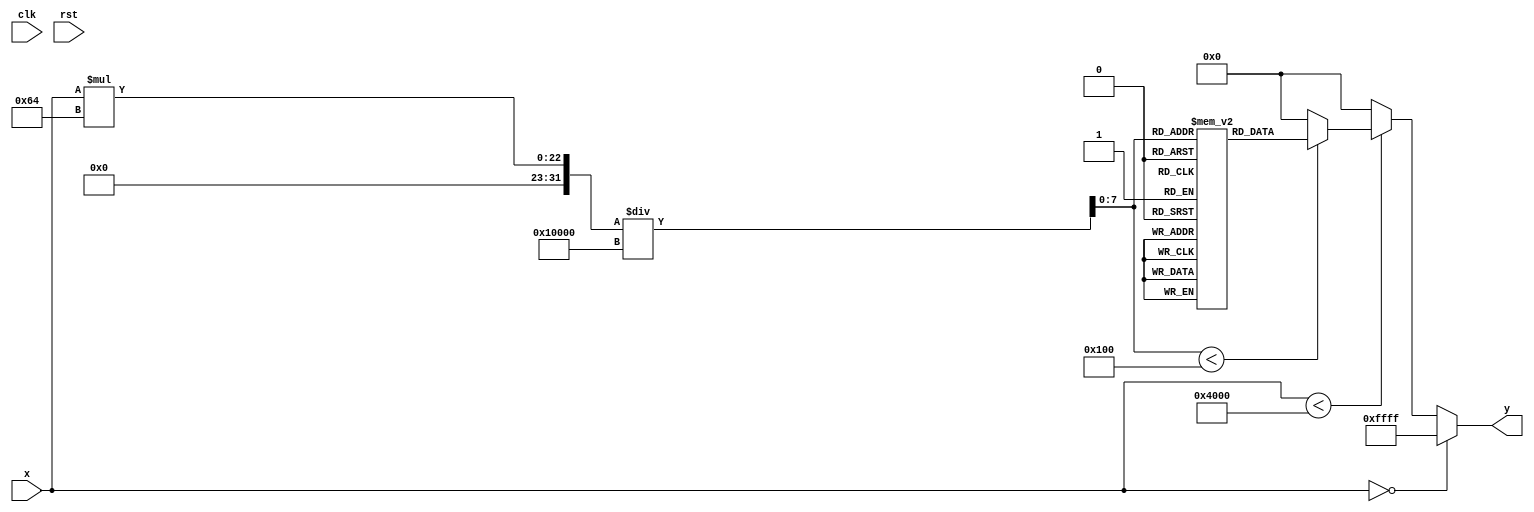
module reciprocal_lut (
    input  wire [15:0] x, // Input value, 16 bits fixed-point representation
    output reg  [15:0] y, // Output value for the reciprocal
    input  wire clk,      // Clock signal
    input  wire rst       // Reset signal
);

    // LUT declaration: size depends on precision, using 256 entries as an example
    reg [15:0] lut [0:255];
    reg [7:0] index;  // 8-bit index for accessing LUT (0 to 255)

    // Pre-compute reciprocal values for LUT: [1.00, 1.99], resolution of 0.01
    initial begin
        // Fill LUT with precomputed reciprocal values (example initialization)
        // Sequential decimal entry such as 1.00 to 1.99 corresponds to indexes 0 to 255
        lut[0] = 16'h4000;   // 1.00
        lut[1] = 16'h3F9A;   // 1.01
        lut[2] = 16'h3F4C;   // 1.02
        // ... Fill in the entire LUT as necessary
        lut[254] = 16'h028F; // 1.99
        lut[255] = 16'h0000; // Overflow/undefined case
    end

    // Index calculation
    always @(*) begin
        // Reset output
        y = 16'h0000; 

        if (x == 0) begin
            // Handle case for zero input
            y = 16'hFFFF; // Undefined reciprocal (can define a specific error output)
        end else if (x < 16'h4000) begin
            // Input is expected in the range [1.0 to 2.0] (0x4000 to 0x8000 for 16.16 fixed-point)
            index = (x * 100 / 65536);

            if (index < 256) begin
                // Normalize and retrieve the reciprocal from LUT
                y = lut[index];
            end else begin
                // Out of LUT range
                y = 16'h0000; // Return some default error value
            end
        end else begin
            // Out of range
            y = 16'h0000; // Return some default value for inputs greater than 2.0
        end
    end

endmodule